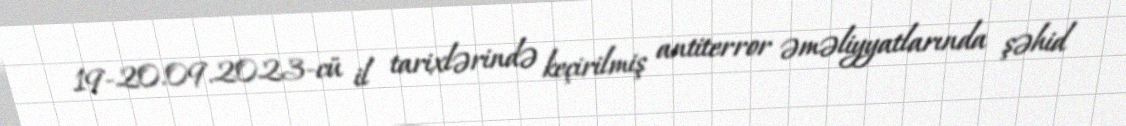
19-20.09.2023-cü il tarixlərində keçirilmiş antiterror əməliyyatlarında şəhid